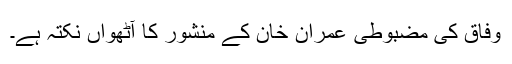
وفاق کی مضبوطی عمران خان کے منشور کا آٹھواں نکتہ ہے۔